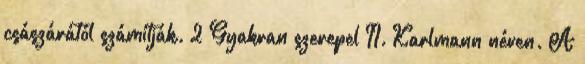
császárától számítják. 2 Gyakran szerepel II. Karlmann néven. A